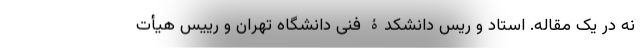
نه در یک مقاله. استاد و ریس دانشکدۀ فنی دانشگاه تهران و رییس هیأت